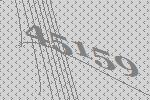
45159